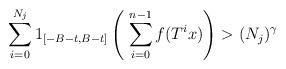
LaTeX: \begin{align*}\sum_{i=0}^{N_j} 1_{[-B-t,B-t]}\left(\; \sum_{i=0}^{n-1} f(T^i x) \right)>(N_j)^\gamma\end{align*}